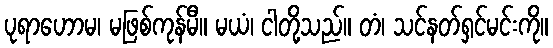
ပုရာဟောမ၊ မဖြစ်ကုန်မီ။ မယံ၊ ငါတို့သည်။ တံ၊ သင်နတ်ရှင်မင်းကို။